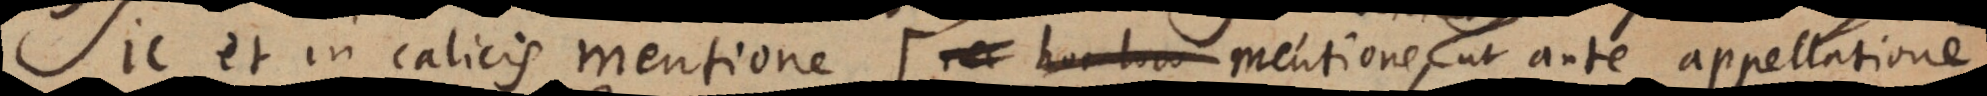
Sic et in calicis mentione (: mentione scilicet, ut ante appellatione,